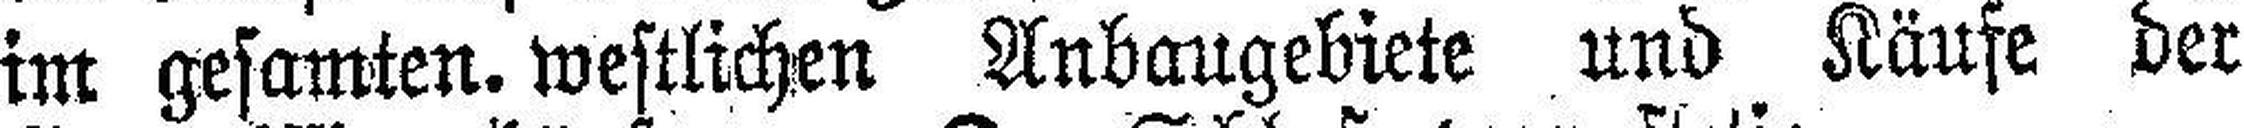
im gesamten, westlichen Anbaugebiete und Käufe der